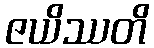
ဇယိဿတိ